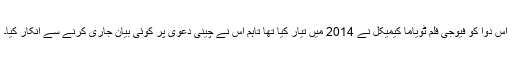
اس دوا کو فیوجی فلم ٹویاما کیمیکل نے 2014 میں تیار کیا تھا تاہم اس نے چینی دعویٰ پر کوئی بیان جاری کرنے سے انکار کیا۔